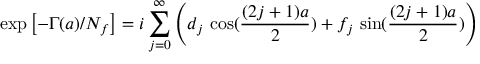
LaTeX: \exp \left[ - \Gamma ( a ) / N _ { f } \right] = i \sum _ { j = 0 } ^ { \infty } \left( d _ { j } \, \cos ( \frac { ( 2 j + 1 ) a } { 2 } ) + f _ { j } \, \sin ( \frac { ( 2 j + 1 ) a } { 2 } ) \right)